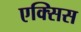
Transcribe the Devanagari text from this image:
एक्‍सिस